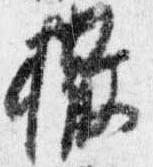
撤